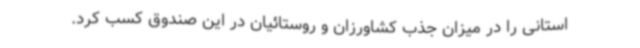
استانی را در میزان جذب کشاورزان و روستائیان در این صندوق کسب کرد.